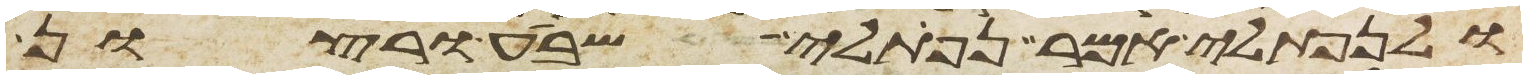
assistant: ולנפתלי אמר נפתלי שבע ורצון